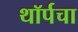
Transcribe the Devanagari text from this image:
थॉर्पचा